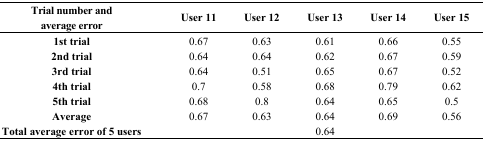
<table><thead><tr><td><b>Trial number andaverage error</b></td><td><b>User 11</b></td><td><b>User 12</b></td><td><b>User 13</b></td><td><b>User 14</b></td><td><b>User 15</b></td></tr></thead><tbody><tr><td><b>1st trial</b></td><td>0.67</td><td>0.63</td><td>0.61</td><td>0.66</td><td>0.55</td></tr><tr><td><b>2nd trial</b></td><td>0.64</td><td>0.64</td><td>0.62</td><td>0.67</td><td>0.59</td></tr><tr><td><b>3rd trial</b></td><td>0.64</td><td>0.51</td><td>0.65</td><td>0.67</td><td>0.52</td></tr><tr><td><b>4th trial</b></td><td>0.7</td><td>0.58</td><td>0.68</td><td>0.79</td><td>0.62</td></tr><tr><td><b>5th trial</b></td><td>0.68</td><td>0.8</td><td>0.64</td><td>0.65</td><td>0.5</td></tr><tr><td><b>Average</b></td><td>0.67</td><td>0.63</td><td>0.64</td><td>0.69</td><td>0.56</td></tr><tr><td><b>Total average error of 5 users</b></td><td colspan="5">0.64</td></tr></tbody></table>